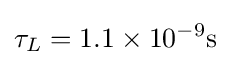
\tau _{L}=1.1\times 10^{-9}\mathrm {s}